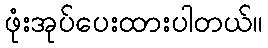
ဖုံးအုပ်ပေးထားပါတယ်။